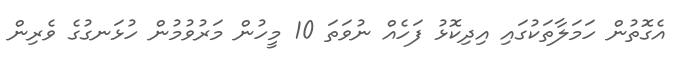
އެގޮތުން ހަމަލާތަކުގައި އިދިކޮޅު ފަހެއް ނުވަތަ 10 މީހުން މަރުވުމުން ހުޅަނގުގެ ވެރިން